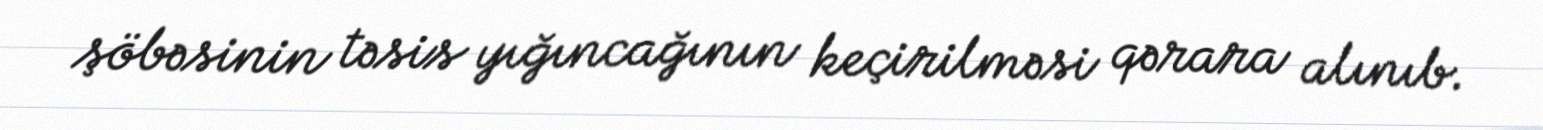
şöbəsinin təsis yığıncağının keçirilməsi qərara alınıb.